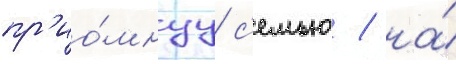
пр'ио́мнуу с'емью / на́